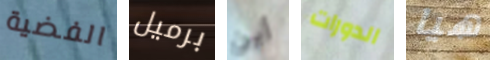
الفضية برميل أين الدورات هيا